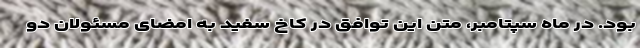
بود. در ماه سپتامبر، متن این توافق در کاخ سفید به امضای مسئولان دو